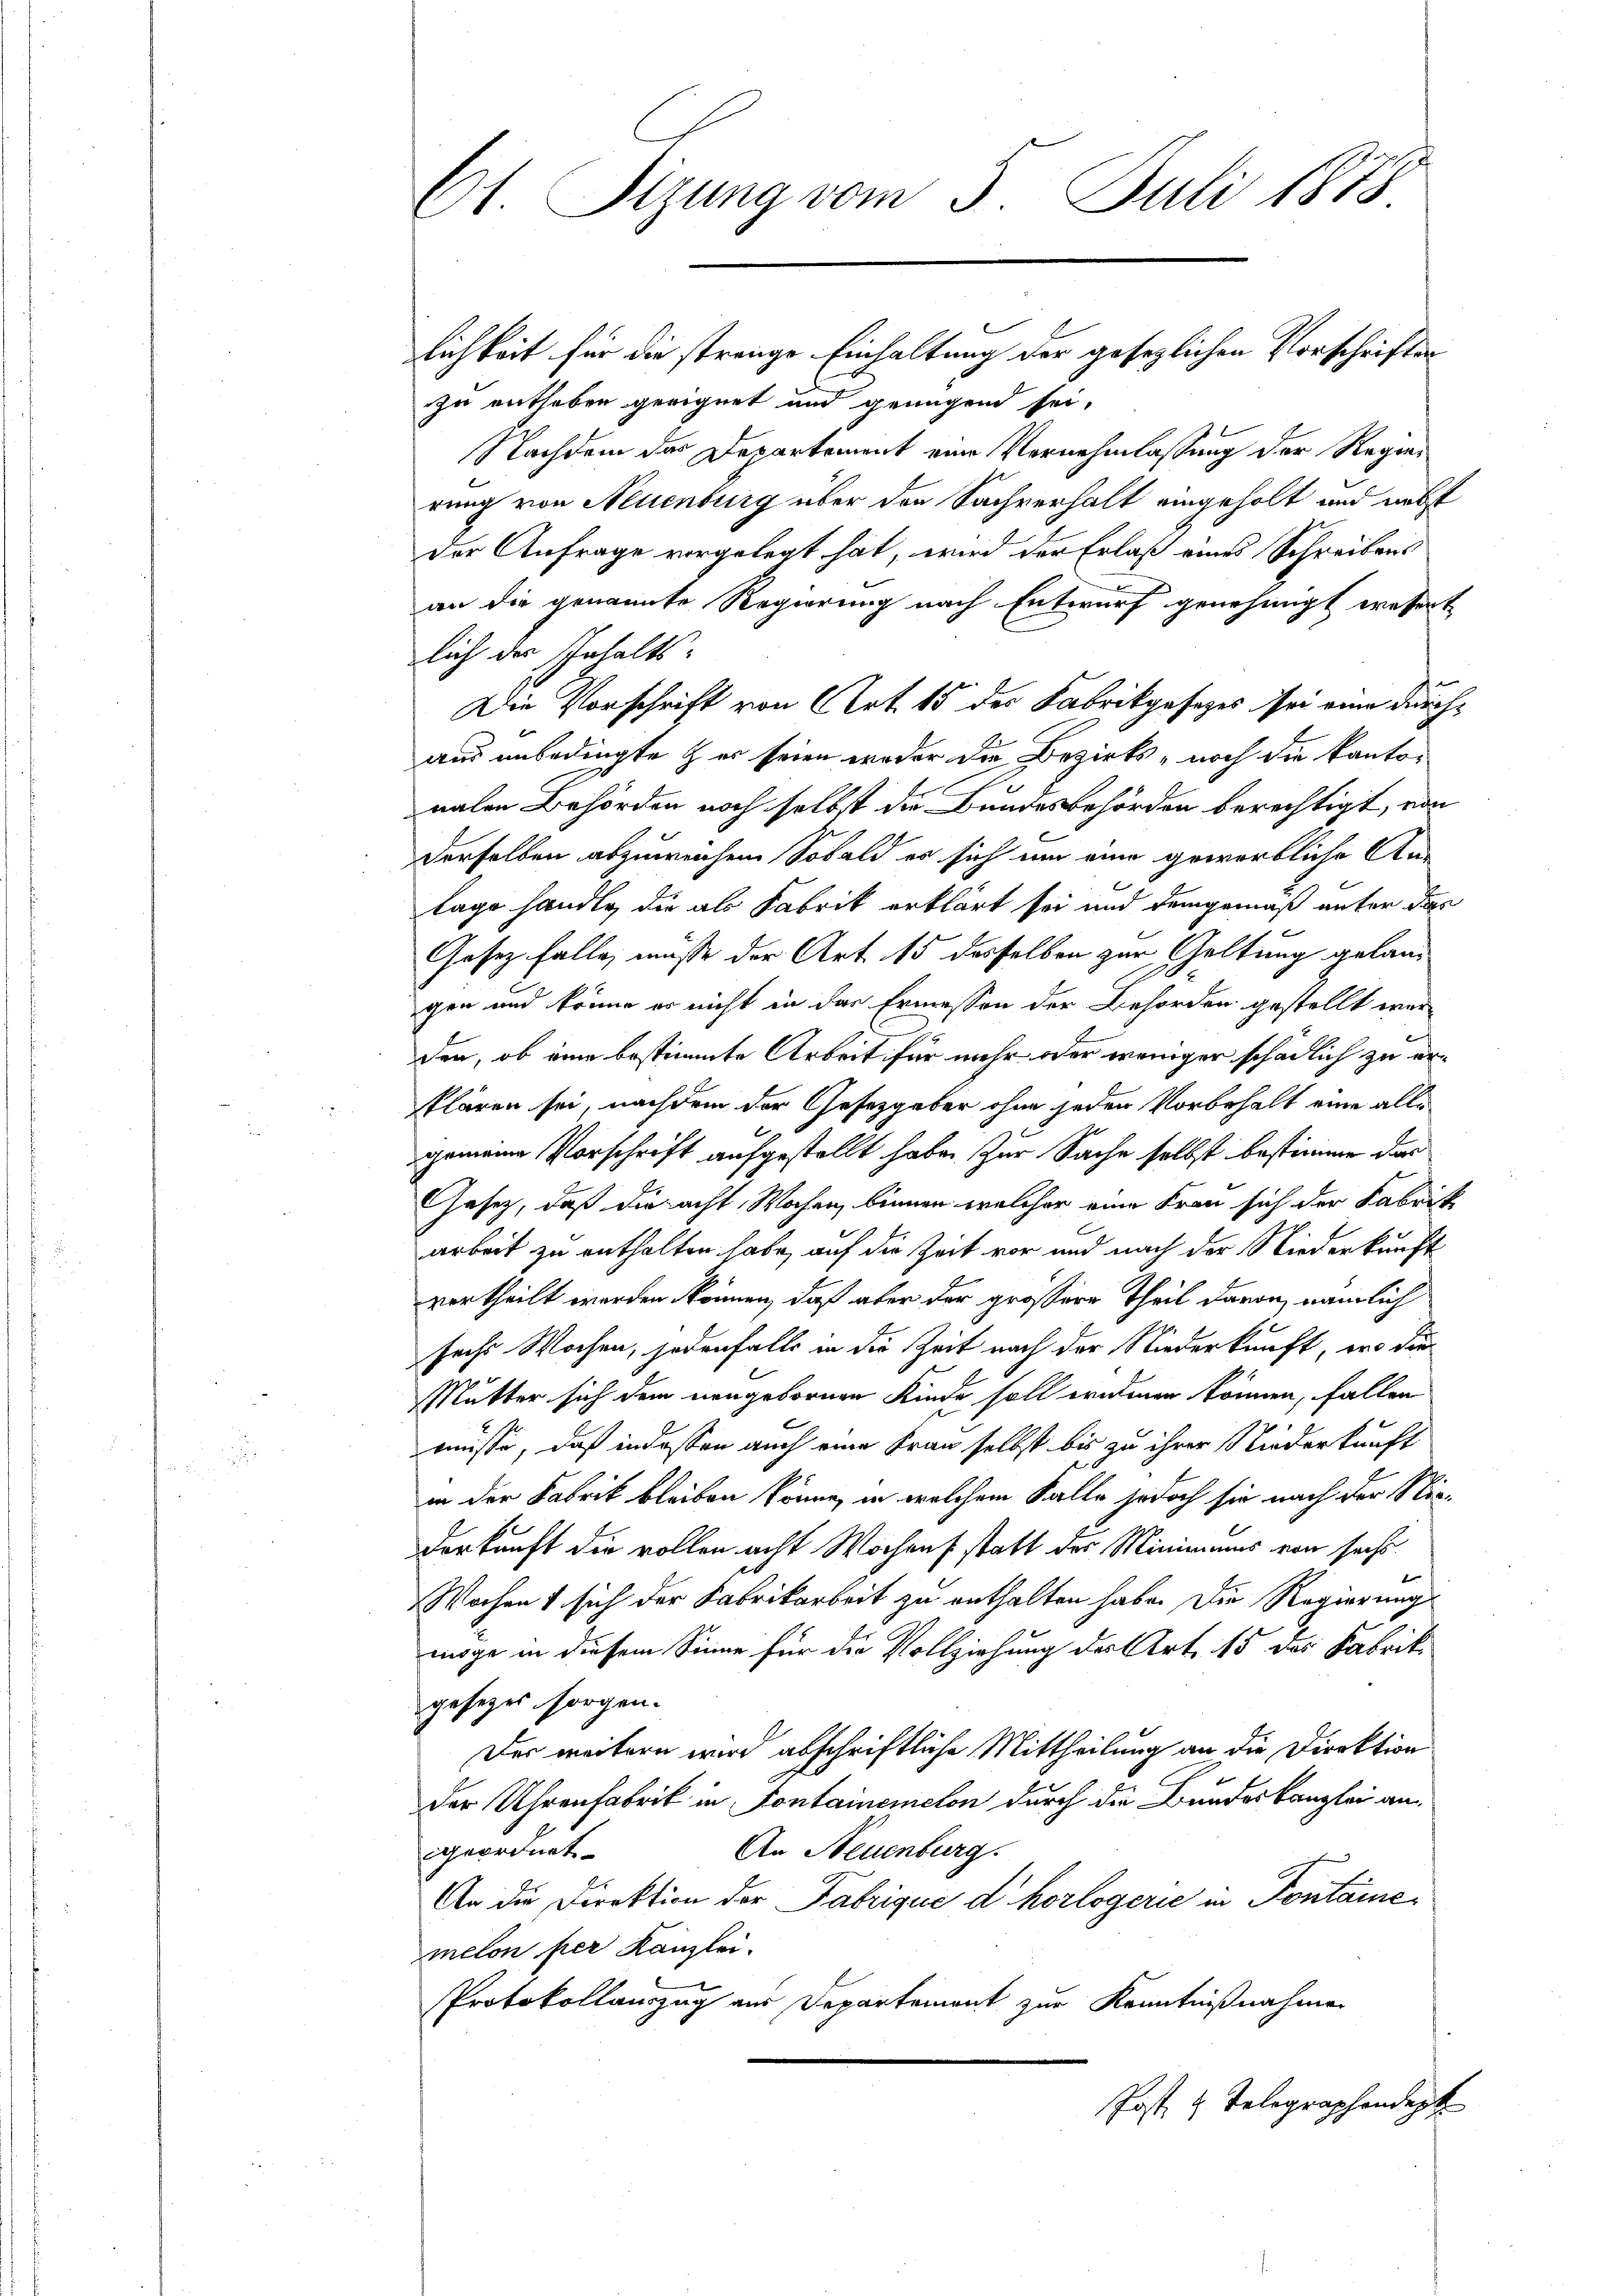
zu entheben geeignet und genügend sei,
Nachdem das Departement eine Vernehmlassung der Regier
rung von Neuenburg über den Sachverhalt eingeholt und nebst
der Anfrage vorgelegt hat, wird der Erlaß eines Schreibens
an die genannte Regierung nach Entwurf genehmigt wesert
lich der Inhalts-
Die Vorschrift von (Art. 15 der Fabrikgesezes sei eine durchaus unbedingte & er seien weder die Bezirks- noch die kantonalen Behörden noch selbst die Bundesbehörden berechtigt, von
derselben abzuweichen. Sobald es sich um eine gewerbliche An-
lage handle, die als Fabrik erklärt sei und demgemäß unter das
Gesez falle, müsse der Art 15 desselben zur Geltung gelang
gen und könne er nicht in der Ermessen der Behörden gestellt wer
.
den, ob eine bestimmte Arbeit für mehr oder weniger schädlich zu erklären sei, nachdem der Gesetzgeber ohne jeden Vorbehalt eine alle
gemeine Vorschrift aufgestellt habe. Zur Sache selbst bestimme das
Gesetz, daß die acht Wochen, binnen welcher eine Frau sich der Fabrik
arbeit zu enthalten habe, auf die Zeit vor und nach der Niederkunft
vertheilt werden können, daß aber der größere Theil davon, nämlich
sechs Wochen, jedenfalls in die Zeit nach der Niederkunft, er die
Mutter sich dem neugebornen Kinde soll eridenen können, fallen
müsse, daß indessen auch eine Frau selbst bis zu ihrer Niederkunft
in der Fabrik bleiben könne, in welchem Falle jedoch sie nach der Nie¬
Dorkunft die vollen acht Wochens statt der Minimus von sechs
Wochen sich der Fabrikarbeit zu enthalten habe. Die Regierung
möge in diesem Sinne für die Vollziehung der Art. 15 des Fabrik
gesezes sorgen.
Der weitern wird abschriftliche Mittheilung an die Direktion
der Uhrenfabrik in Fontainemclon durch die Bundeskanzlei angeordnet
An Neuenburg.
An die Direktion der Fabrique d horlogerie in Fontaine
melon per Kanzlei.
Protokollauszug aus Departement zur Kenntnißnahmen
Post u. Telegraphendept

61 Sizung vom 5. Juli 1873
lichkeit für die strange Einhaltung der gesezlichen Vorschriften